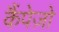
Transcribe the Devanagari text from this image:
कैंपेज़ो